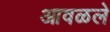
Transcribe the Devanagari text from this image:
आवळले